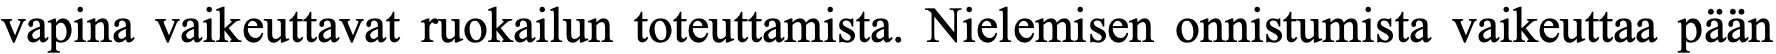
vapina vaikeuttavat ruokailun toteuttamista. Nielemisen onnistumista vaikeuttaa pään